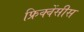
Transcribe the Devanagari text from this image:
फ्रिक्वेंसीस